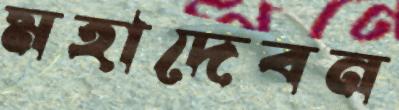
মহাদেবন